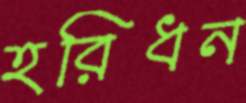
হরিধন